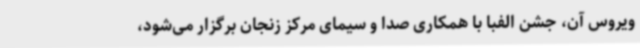
ویروس آن، جشن الفبا با همکاری صدا و سیمای مرکز زنجان برگزار می‌شود،